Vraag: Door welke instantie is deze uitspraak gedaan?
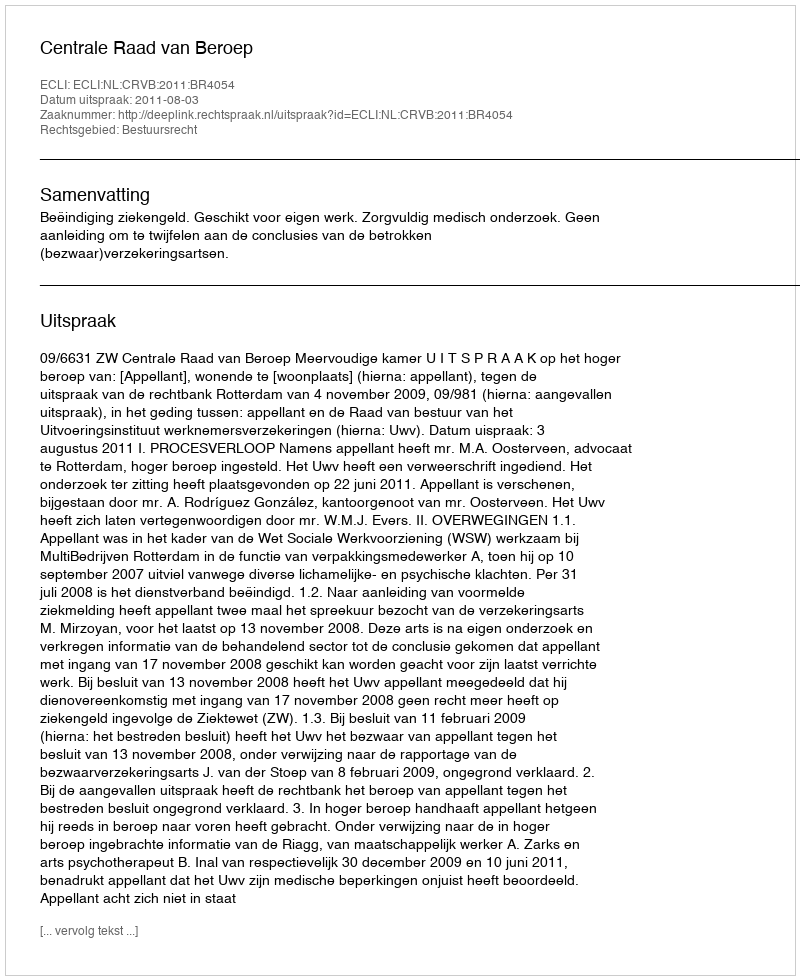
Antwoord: Centrale Raad van Beroep